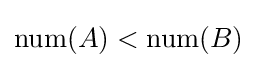
\mathrm {num} (A)<\mathrm {num} (B)